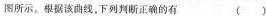
图所示。根据该曲线，下列判断正确的有()